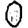
Digit: 0